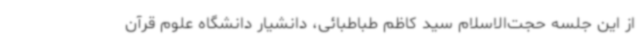
از این جلسه حجت‌الاسلام سید کاظم طباطبائی، دانشیار دانشگاه علوم قرآن